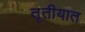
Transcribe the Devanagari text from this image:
तृतीयात